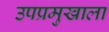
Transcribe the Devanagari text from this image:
उपप्रमुखाला